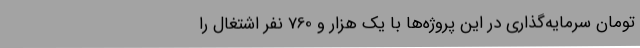
تومان سرمایه‌گذاری در این پروژه‌ها با یک هزار و 760 نفر اشتغال را